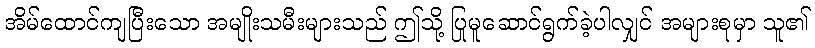
အိမ်ထောင်ကျပြီးသော အမျိုးသမီးများသည် ဤသို့ ပြုမူဆောင်ရွက်ခဲ့ပါလျှင် အများစုမှာ သူ၏